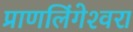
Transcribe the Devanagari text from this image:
प्राणलिंगेश्‍वरा